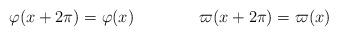
\begin{align*}\varphi(x+2\pi)=\varphi(x)\qquad\qquad \varpi(x+2\pi)=\varpi(x)\end{align*}